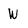
Character: W